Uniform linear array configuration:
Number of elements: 48
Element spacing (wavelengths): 0.25
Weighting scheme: exponential
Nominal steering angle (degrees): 0
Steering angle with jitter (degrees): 0.5469
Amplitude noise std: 0.05
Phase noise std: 0.05

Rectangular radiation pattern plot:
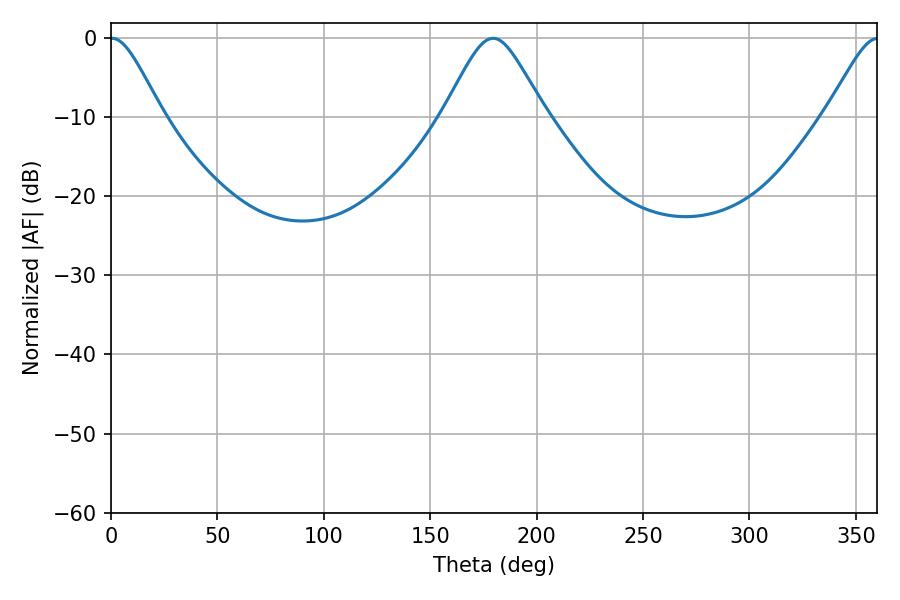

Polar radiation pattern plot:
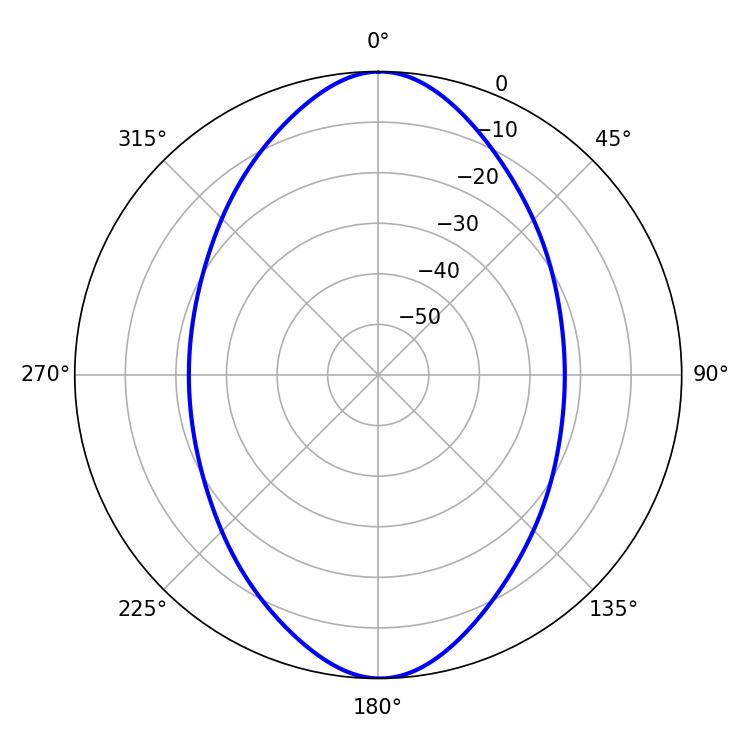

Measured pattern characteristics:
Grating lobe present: FALSE
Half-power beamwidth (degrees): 11.88
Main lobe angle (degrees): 0.36